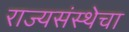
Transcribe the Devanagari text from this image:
राज्यसंस्थेचा